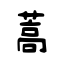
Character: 蒿